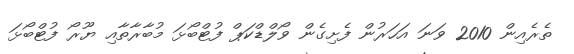
ތެރެއިން 2010 ވަނަ އަހަރުން ފެށިގެން ވޯލްޑްކަޕް ފުޓްބޯޅަ މުބާރާތާއި ޔޫރޯ ފުޓްބޯޅަ